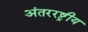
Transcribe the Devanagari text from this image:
अंतररष्ट्रीय